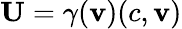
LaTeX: {\boldsymbol{\mathbf{U}}}=\gamma(\mathbf{v})(c,\mathbf{v})